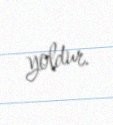
yoldur.